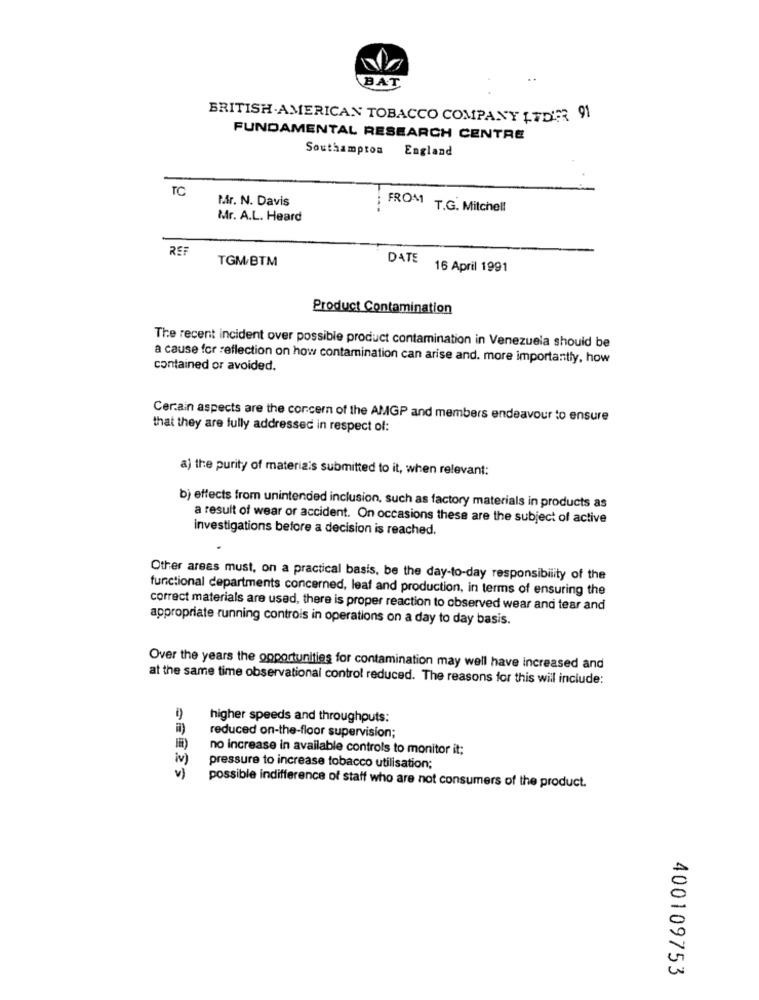
BAT
BRITISH AMERICAN TOBACCO COMPANY LTDER 91
FUNDAMENTAL RESEARCH CENTRE
Southampton England
TC
M.r. N. Davis
FROM T.G. Mitchell
Mr. A.L. Heard
REF
TGM/BTM
DATE
16 April 1991
Product Contamination
The recent incident over possible product contamination in Venezuela should be
a cause for reflection on how contamination can arise and. more importantly, how
contained or avoided.
Certain aspects are the concern of the AMGP and members endeavour to ensure
that they are fully addressed in respect of:
a) the purity of materiais submitted to it, when relevant:
b) effects from unintended inclusion, such as factory materials in products as
a result of wear or accident. On occasions these are the subject of active
investigations before a decision is reached.
Other areas must, on a practical basis, be the day-to-day responsibility of the
functional departments concerned, leaf and production, in terms of ensuring the
correct materials are used, there is proper reaction to observed wear and tear and
appropriate running controls in operations on a day to day basis.
Over the years the opportunities for contamination may well have increased and
at the same time observational control reduced. The reasons for this will include:
higher speeds and throughputs:
reduced on-the-floor supervision;
no increase in available controls to monitor it;
iv)
1 )
pressure to increase tobacco utilisation;
possible indifference of staff who are not consumers of the product.
400109753